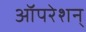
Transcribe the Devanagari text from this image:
ऑपरेशन्